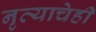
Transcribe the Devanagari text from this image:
नृत्याचेही